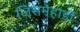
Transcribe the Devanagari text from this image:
जिसमेहार्डी